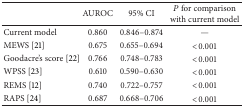
<table><thead><tr><td><b> </b></td><td><b>AUROC</b></td><td><b>95% CI</b></td><td><b><i>P</i> for comparison with current model</b></td></tr></thead><tbody><tr><td>Current model</td><td>0.860</td><td>0.846–0.874</td><td>—</td></tr><tr><td>MEWS [21]</td><td>0.675</td><td>0.655–0.694</td><td>&lt;0.001</td></tr><tr><td>Goodacre&#x27;s score [22]</td><td>0.766</td><td>0.748–0.783</td><td>&lt;0.001</td></tr><tr><td>WPSS [23]</td><td>0.610</td><td>0.590–0.630</td><td>&lt;0.001</td></tr><tr><td>REMS [12]</td><td>0.740</td><td>0.722–0.757</td><td>&lt;0.001</td></tr><tr><td>RAPS [24]</td><td>0.687</td><td>0.668–0.706</td><td>&lt;0.001</td></tr></tbody></table>